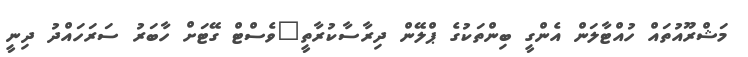
މަޝްރޫއުތައް ހުއްޓާލަން އެންގީ ބިންތަކުގެ ޕްލޭން ދިރާސާކުރާތީ"ވެސްޓް ގޭޓަށް ހާބަރު ސަރަހައްދު ދިނީ